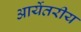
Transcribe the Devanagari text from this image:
आर्येतरीय